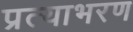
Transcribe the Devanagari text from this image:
प्रत्याभरण